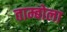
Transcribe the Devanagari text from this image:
ताम्बोला